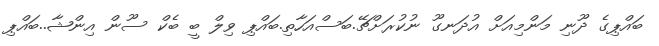
ބައްޕިގެ ދޫނި މަންމިއަަށް އުދަނގޫ ނުކުރަށްޗޭ.ބަސްއަހާތި.ބައްޕި ވިލް ބީ ބެކް ސޫން އިންޝާ..ބައްޕި